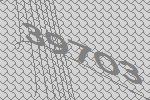
39703